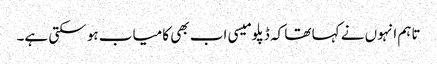
تاہم انہوں نے کہا تھا کہ ڈپلومیسی اب بھی کامیاب ہو سکتی ہے۔